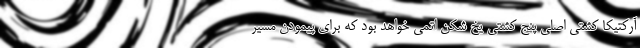
آرکتیکا کشتی اصلی پنج کشتی یخ شکن اتمی خواهد بود که برای پیمودن مسیر